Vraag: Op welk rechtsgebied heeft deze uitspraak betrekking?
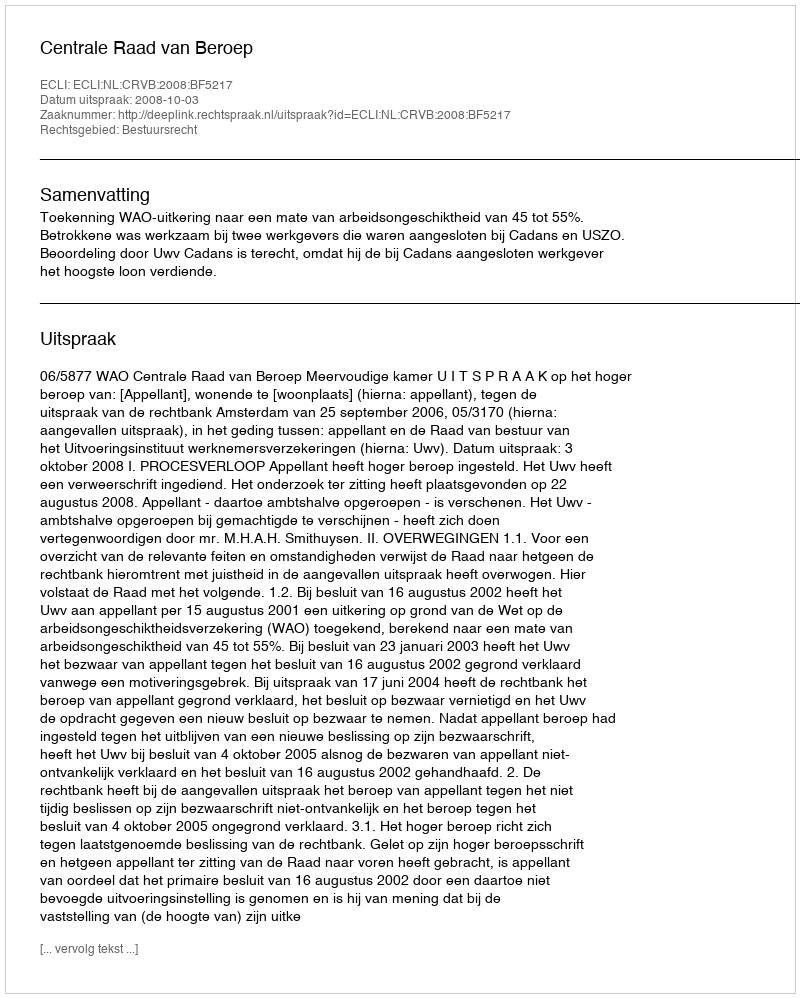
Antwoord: Bestuursrecht